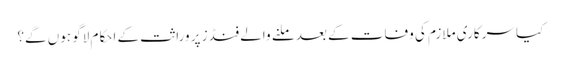
کیا سرکاری ملازم کی وفات کے بعد ملنے والے فنڈز پر وراثت کے احکام لاگو ہوں‌ گے؟